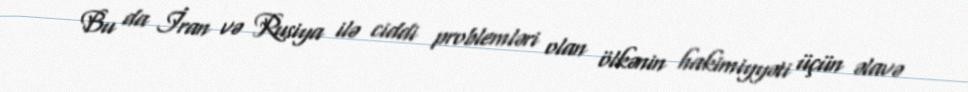
Bu da İran və Rusiya ilə ciddi problemləri olan ölkənin hakimiyyəti üçün əlavə